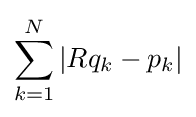
\sum _{k=1}^{N}|Rq_{k}-p_{k}|